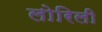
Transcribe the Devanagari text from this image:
लोरिली